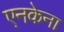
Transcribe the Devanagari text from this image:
एनकेना